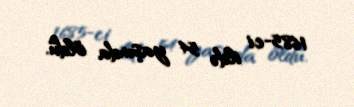
1685-ci ildə 54 yaşında öldü.